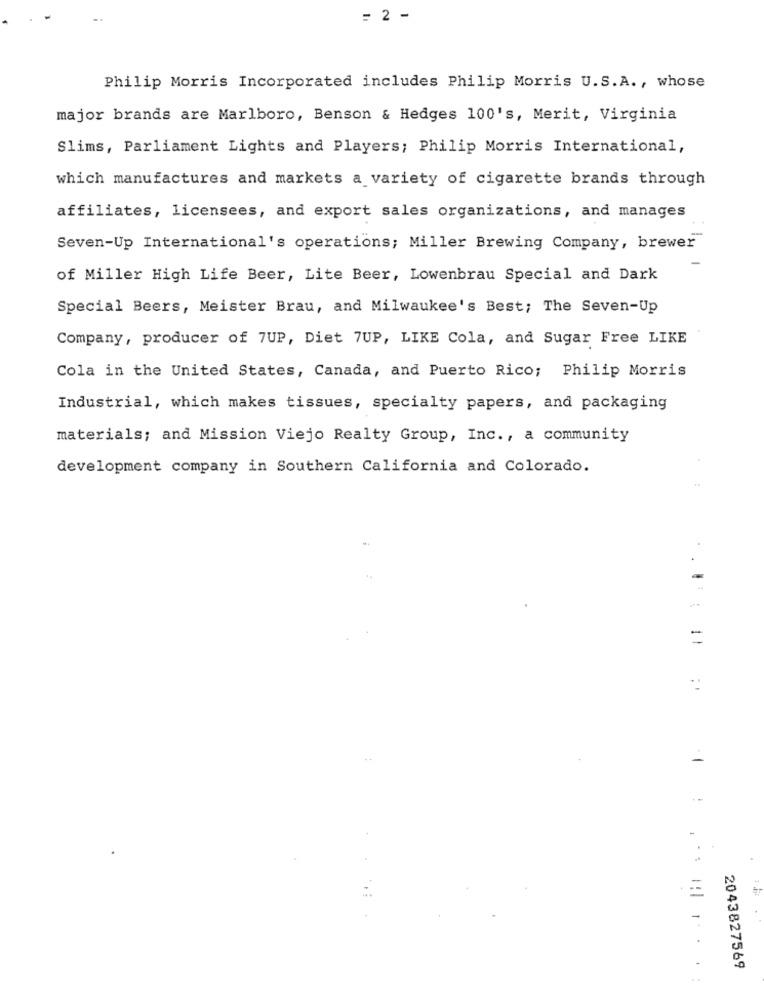
= 2 -
Philip Morris Incorporated includes Philip Morris U.S.A ., whose
major brands are Marlboro, Benson & Hedges 100's, Merit, Virginia
Slims, Parliament Lights and Players; Philip Morris International,
which manufactures and markets a variety of cigarette brands through
affiliates, licensees, and export sales organizations, and manages
Seven-Up International's operations; Miller Brewing Company, brewer
of Miller High Life Beer, Lite Beer, Lowenbrau Special and Dark
Special Beers, Meister Brau, and Milwaukee's Best; The Seven-Up
Company, producer of 7UP, Diet 7UP, LIKE Cola, and Sugar Free LIKE
Cola in the United States, Canada, and Puerto Rico; Philip Morris
Industrial, which makes tissues, specialty papers, and packaging
materials; and Mission Viejo Realty Group, Inc ., a community
development company in Southern California and Colorado.
.
=
-
2043827569
..